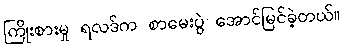
ကြိုးစားမှု ရလဒ်က စာမေးပွဲ အောင်မြင်ခဲ့တယ်။